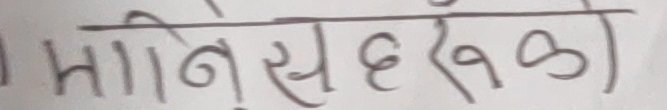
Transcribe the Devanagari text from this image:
मानिसहरुको